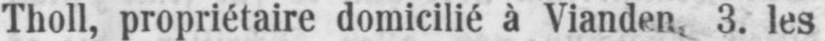
Tholl, propriétaire domicilié à Vianden 3. les